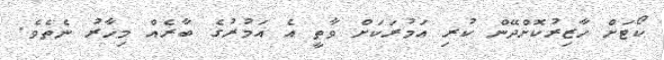
ކޯޓަށް ހާޒިރުކޮށްދޭން ކުރި އަމުރަކަށް ވާތީ އެ އަމުރުގެ ބާރެއް މިހާރު ނެތެވެ.